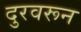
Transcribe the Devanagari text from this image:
दुरवरून